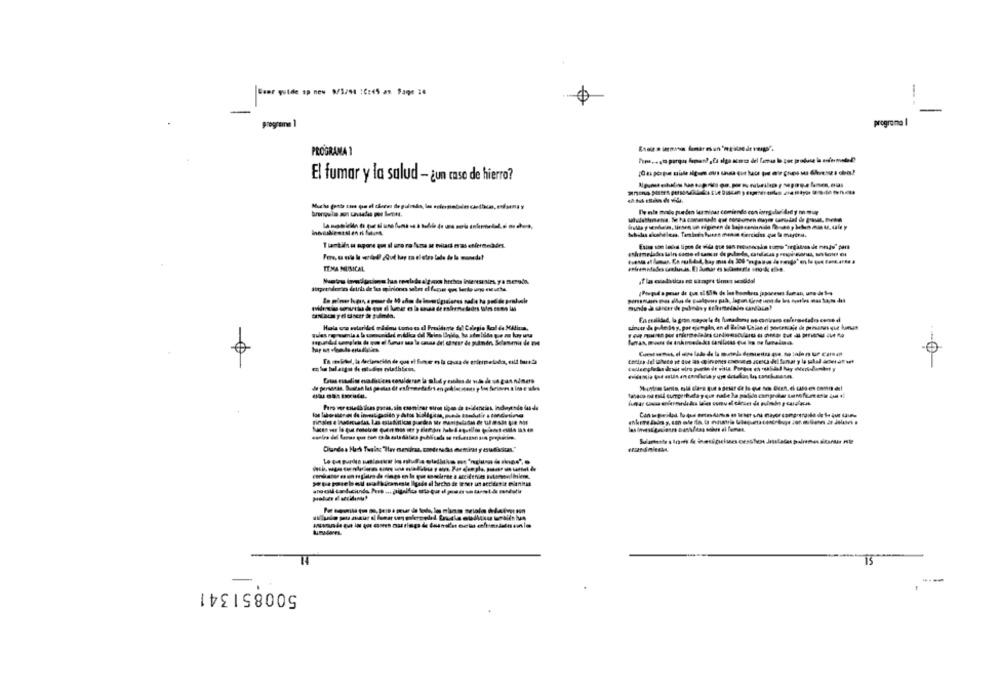
Feer wolde sp new 9/3/91 10:45 as Faqe 14
-
programa I
PROGRAMA 1
El fumar y la salud - gun case de hierro?
De mia modo pueden laminas comiendo con iorg das did y o muy
Tiamtil m oporu en il ure rafuna ut niud m'as etferdnadet.
TEMA MUSICAL
at las ovaliticas no sarapre times sescidal
oniaca ye unetr & pulinda.
Pero ver estedb ices garas, sin csoniser otros tipos de soldancias, Incluyendo das de
15
500851341